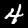
Digit: 4